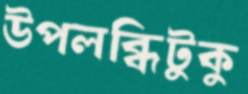
উপলব্ধিটুকু